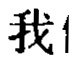
我